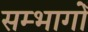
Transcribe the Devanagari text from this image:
सम्भागोँ